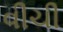
વીચી